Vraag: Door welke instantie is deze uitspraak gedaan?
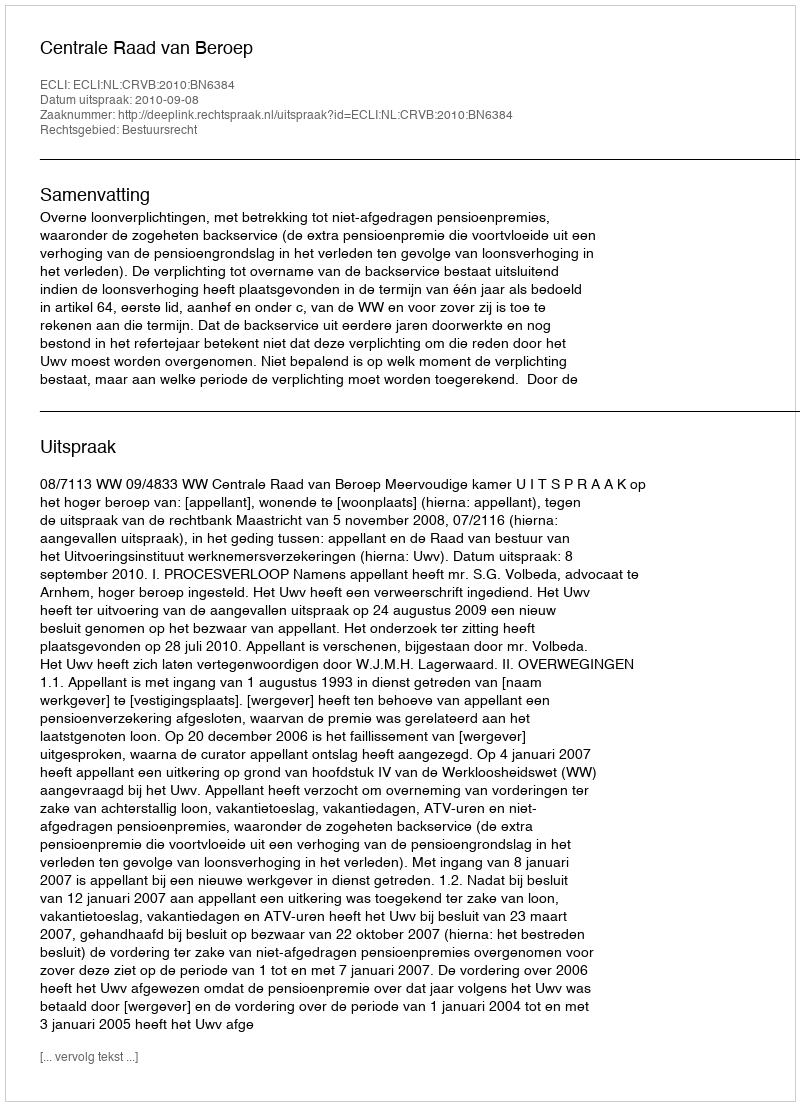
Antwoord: Centrale Raad van Beroep